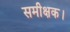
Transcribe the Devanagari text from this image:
समीक्षक।